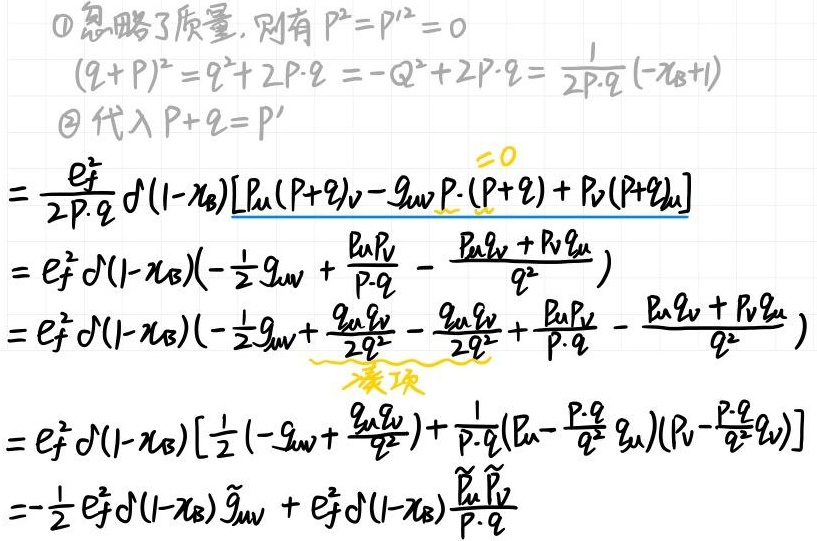
\[
\begin{align*}
&\textcircled{1}\text{ 忽略了质量, 则有 } P^{2}=P^{\prime 2}=0\\
&(q + P)^{2}=q^{2}+2P\cdot q=-Q^{2}+2P\cdot q=\frac{1}{2P\cdot q}(-x_{B}+1)\\
&\textcircled{2}\text{ 代入 } P + q = P^{\prime}\\
&=\frac{e_{f}^{2}}{2P\cdot q}\delta(1 - x_{B})[P_{\mu}(P + q)_{\nu}-g_{\mu\nu}P\cdot(P + q)+P_{\nu}(P + q)_{\mu}]\\
&=e_{f}^{2}\delta(1 - x_{B})(-\frac{1}{2}g_{\mu\nu}+\frac{P_{\mu}P_{\nu}}{P\cdot q}-\frac{P_{\mu}q_{\nu}+P_{\nu}q_{\mu}}{q^{2}})\\
&=e_{f}^{2}\delta(1 - x_{B})(-\frac{1}{2}g_{\mu\nu}+\frac{g_{\mu\nu}P\cdot q}{2q^{2}}-\frac{g_{\mu\nu}P\cdot q}{2q^{2}}+\frac{P_{\mu}P_{\nu}}{P\cdot q}-\frac{P_{\mu}q_{\nu}+P_{\nu}q_{\mu}}{q^{2}})\\
&=e_{f}^{2}\delta(1 - x_{B})[\frac{1}{2}(-g_{\mu\nu}+\frac{g_{\mu\nu}P\cdot q}{q^{2}})+\frac{1}{P\cdot q}(P_{\mu}-\frac{P\cdot q}{q^{2}}q_{\mu})(P_{\nu}-\frac{P\cdot q}{q^{2}}q_{\nu})]\\
&=-\frac{1}{2}e_{f}^{2}\delta(1 - x_{B})\widetilde{g}_{\mu\nu}+e_{f}^{2}\delta(1 - x_{B})\frac{\widetilde{P}_{\mu}\widetilde{P}_{\nu}}{P\cdot q}
\end{align*}
\]